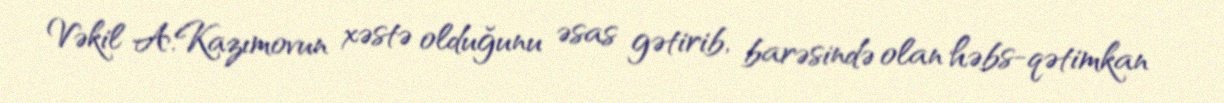
Vəkil A.Kazımovun xəstə olduğunu əsas gətirib, barəsində olan həbs-qətimkan